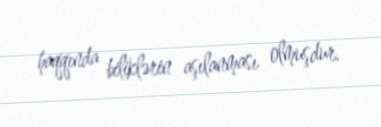
haqqında biliklərin aşılanması olmuşdur.